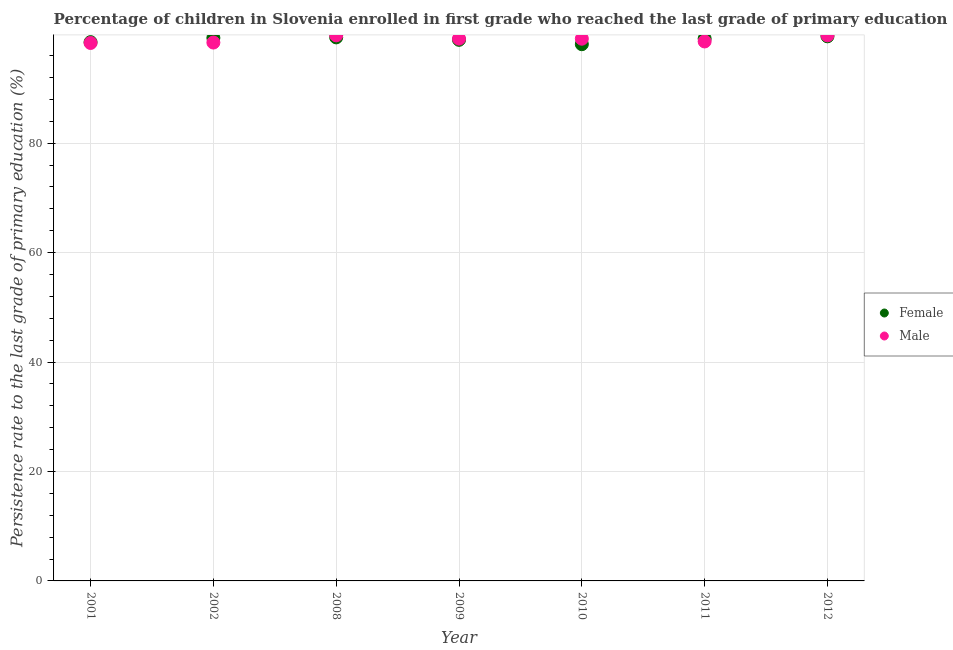
| Year | Female | Male |
 | --- | --- | --- |
 | 2001 | 98.5 | 98.3 |
 | 2002 | 99.2 | 98.4 |
 | 2008 | 99.3 | 99.7 |
 | 2009 | 98.9 | 99.1 |
 | 2010 | 98.1 | 99.1 |
 | 2011 | 99.1 | 98.6 |
 | 2012 | 99.5 | 99.7 |